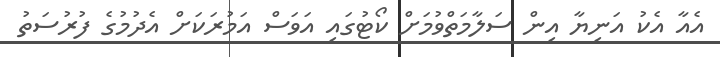
އެއާ އެކު އަނިޔާ އިން ސަލާމަތްވުމަށް ކޯޓުގައި އަވަސް އަމުރަކަށް އެދުމުގެ ފުރުސަތު